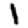
Digit: 1